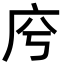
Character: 𢇱